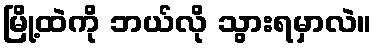
မြို့ထဲကို ဘယ်လို သွားရမှာလဲ။